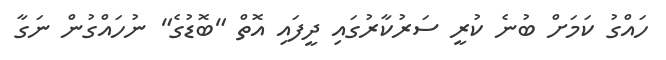
ހައްގު ކަމަށް ބުނެ ކުރީ ސަރުކާރުގައި ދީފައި އޮތް "ބޮޑުގެ" ނުހައްގުން ނަގާ